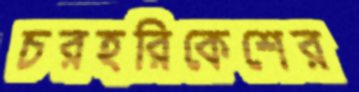
চরহরিকেশের